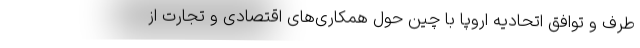
طرف و توافقِ اتحادیه اروپا با چین حول همکاری‌های اقتصادی و تجارت از